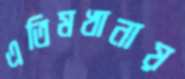
এতিমখানায়